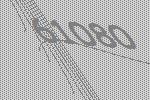
61080